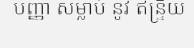
បញ្ញា សម្លាប់ នូវ ឥន្ទ្រិយ